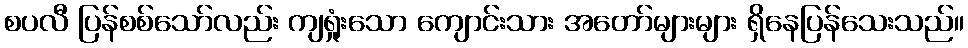
စပလီ ပြန်စစ်သော်လည်း ကျရှုံးသော ကျောင်းသား အတော်များများ ရှိနေပြန်သေးသည်။